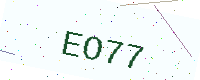
Text: EO77